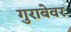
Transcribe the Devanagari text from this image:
गुराबेवर